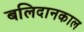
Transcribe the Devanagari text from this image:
बलिदानकाल